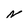
Character: N